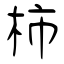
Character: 柿